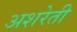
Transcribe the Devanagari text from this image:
अशरेती